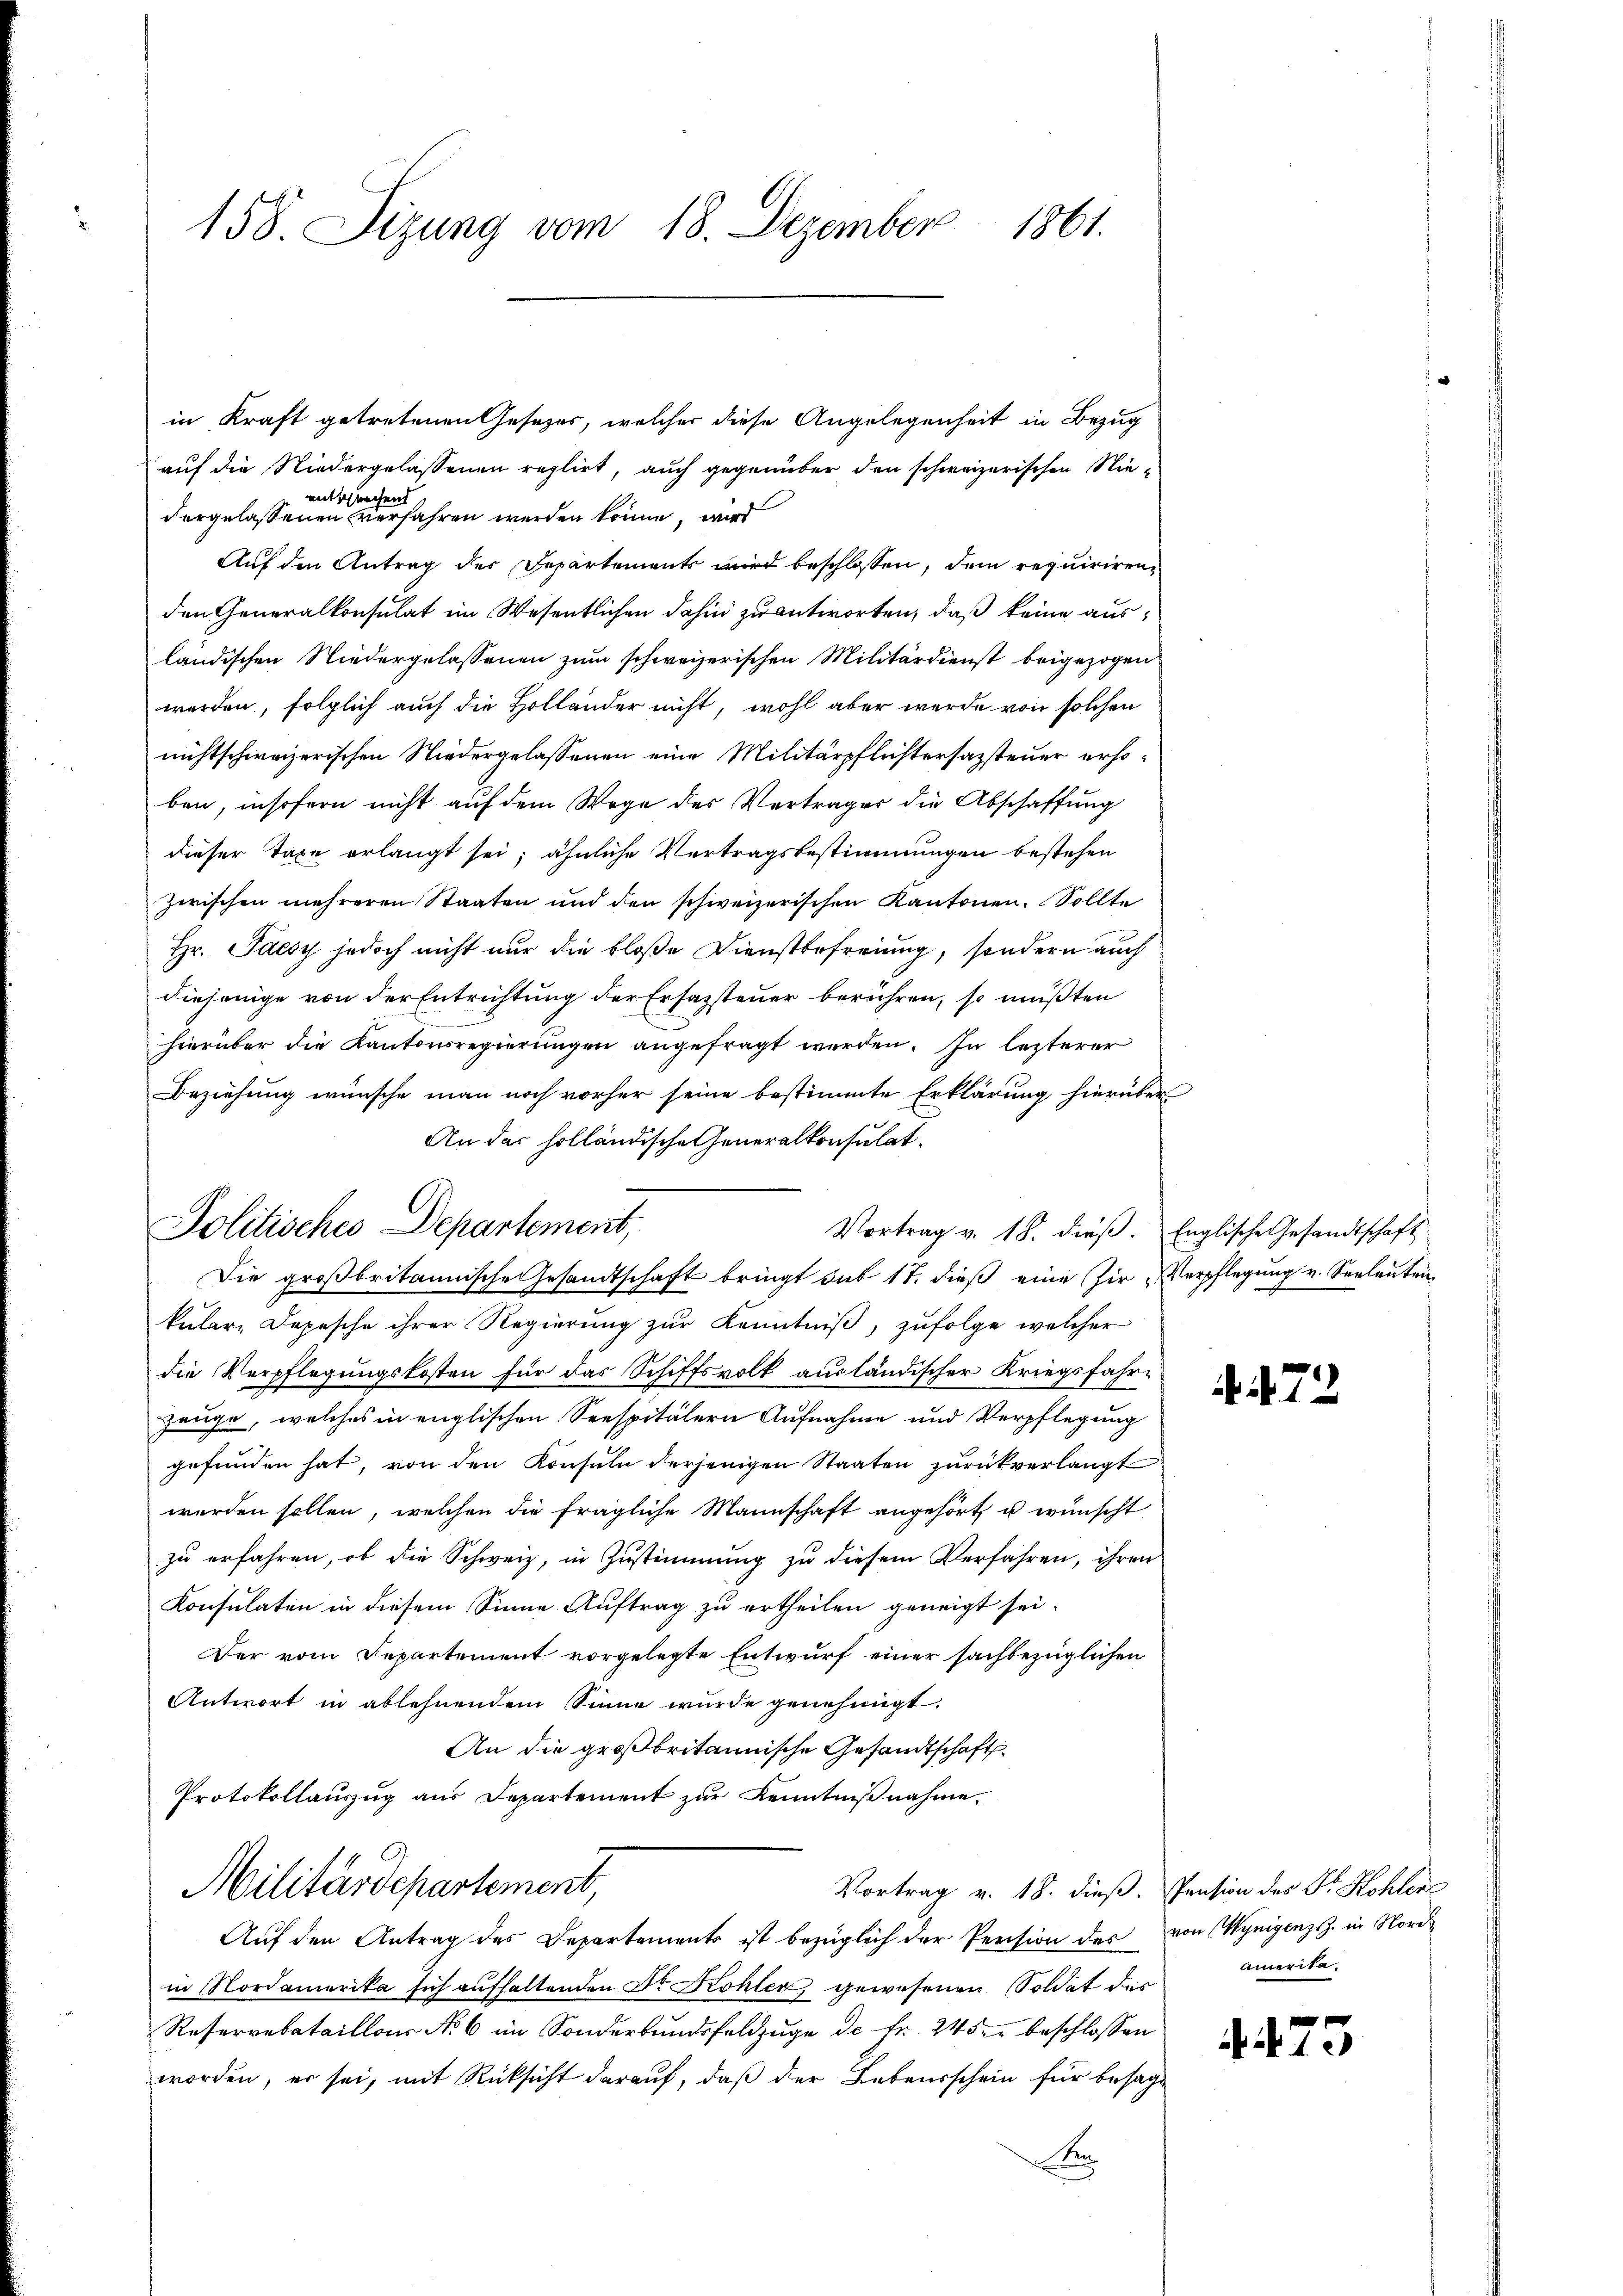
158. Sizung vom 18. Dezember 1861.

in Kraft getretenen Gesetzes, welcher diese Angelegenheit in Bezug
auf die Niedergelassenen reglirt, auch gegenüber den schweizerischen Nieert
prechend
vergelassenen verfahren werden könne, wird
Auf den Antrag der Departements wird beschlossen, dem requiriren
den Generalkonsulat im Wesentlichen dahin zu antworten, daß keine ausländischen Niedergelassenen zum schweizerischen Militärdienst beigezogen
werden, folglich auch die Holländer nicht, wohl aber werde von solchen
nichtschweizerischen Niedergelassenen eine Militärpflichtersazsteuer erhoben, insofern nicht auf dem Wege des Verträger die Abschaffung
dieser Taxe erlangt sei; ähnliche Vertragsbestimmungen bestehen
zwischen mehreren Staaten und den schweizerischen Kantonen. Sollte
Hr. Jaesy jedoch nicht nur die bloße Dienstbefreiung, sondern auch
diejenige von der Entrichtung der Ersazsteuer berühren, so müßten
hierüber die Kantonsregierungen angefragt werden. In lezterer
Beziehung wünsche man noch vorher seine bestimmte Erklärung hierüber
An der holländische Generalkonsulat
Vortrag v. 18. dieβ. Englische Gesandtschaft
Die großbritannische Gesandtschaft bringt sub 17. dieß eine Zur Verpflegung v. Seeleuten
küler, Depesche ihrer Regierung zur Kenntniß, zufolge welcher
die Verpflegungskosten für das Schiffsvolk ausländischer Kriegsfahr¬
Zeuge, welches in englischen Seespitälern Aufnahme und Verpflegung
gefunden hat, von den Konsuln derjenigen Staaten zurückverlangt
werden sollen, welchen die fragliche Mannschaft angehört u wünscht
zu erfahren, ob die Schweiz, in Zustimmung zu diesem Verfahren, ihren
Konsulaten in diesem Sinne Auftrag zu ertheilen geneigt sei.
Der vom Separtement vorgelegte Entwurf einer sachbezüglichen
Antwort in ablehnendem Sinne wurde genehmigt.
An die großbritannische Gesandtschaft.
Protokollauszug aus Departement zur Kenntnißnahme.
Militärdepartement,
Vortrag v. 18. dieß. Pension der Sr. Kohler
Auf den Antrag des Departements ist bezüglich der Pension des von Wynigenzsz. in Nord
in Nordamerika sich aufhaltenden Dr. Kohler gewesenen Soldat der
Reservebataillons No 6 im Sonderbundsfeldzuge de Fr. 245 er beschlossen
worden, er sei, mit Rücksicht darauf, daß der Lebensschein für besagt
n

Politisches Departement,

72

amerita,

1.